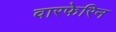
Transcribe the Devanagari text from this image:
वारफेरिन